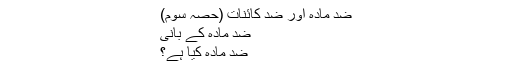
ضد مادّہ اور ضد کائنات (حصّہ سوم)
ضد مادّہ کے بانی
ضد مادّہ کیا ہے؟